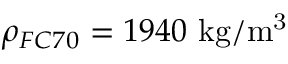
\rho _ { F C 7 0 } = 1 9 4 0 ~ \mathrm { k g / m ^ { 3 } }